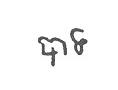
បាទ